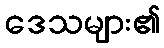
ဒေသများ၏